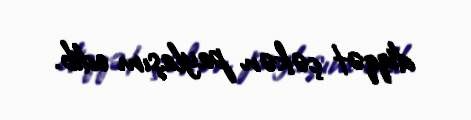
diqqət çəkən paylaşım edib.